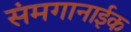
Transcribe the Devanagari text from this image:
संमगानाईक